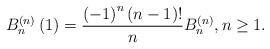
\begin{align*}B_{n}^{\left( n\right) }\left( 1\right) =\frac{\left( -1\right)^{n}\left( n-1\right) !}{n}B_{n}^{\left( n\right) },n\geq1.\end{align*}